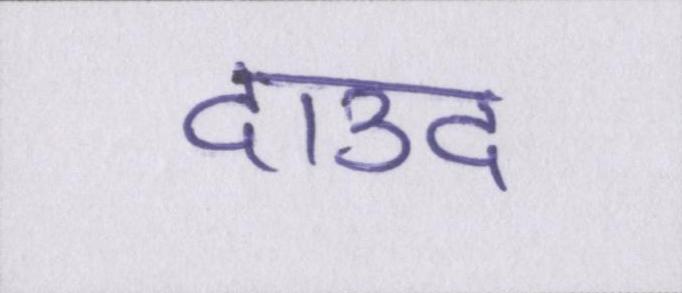
दाउद